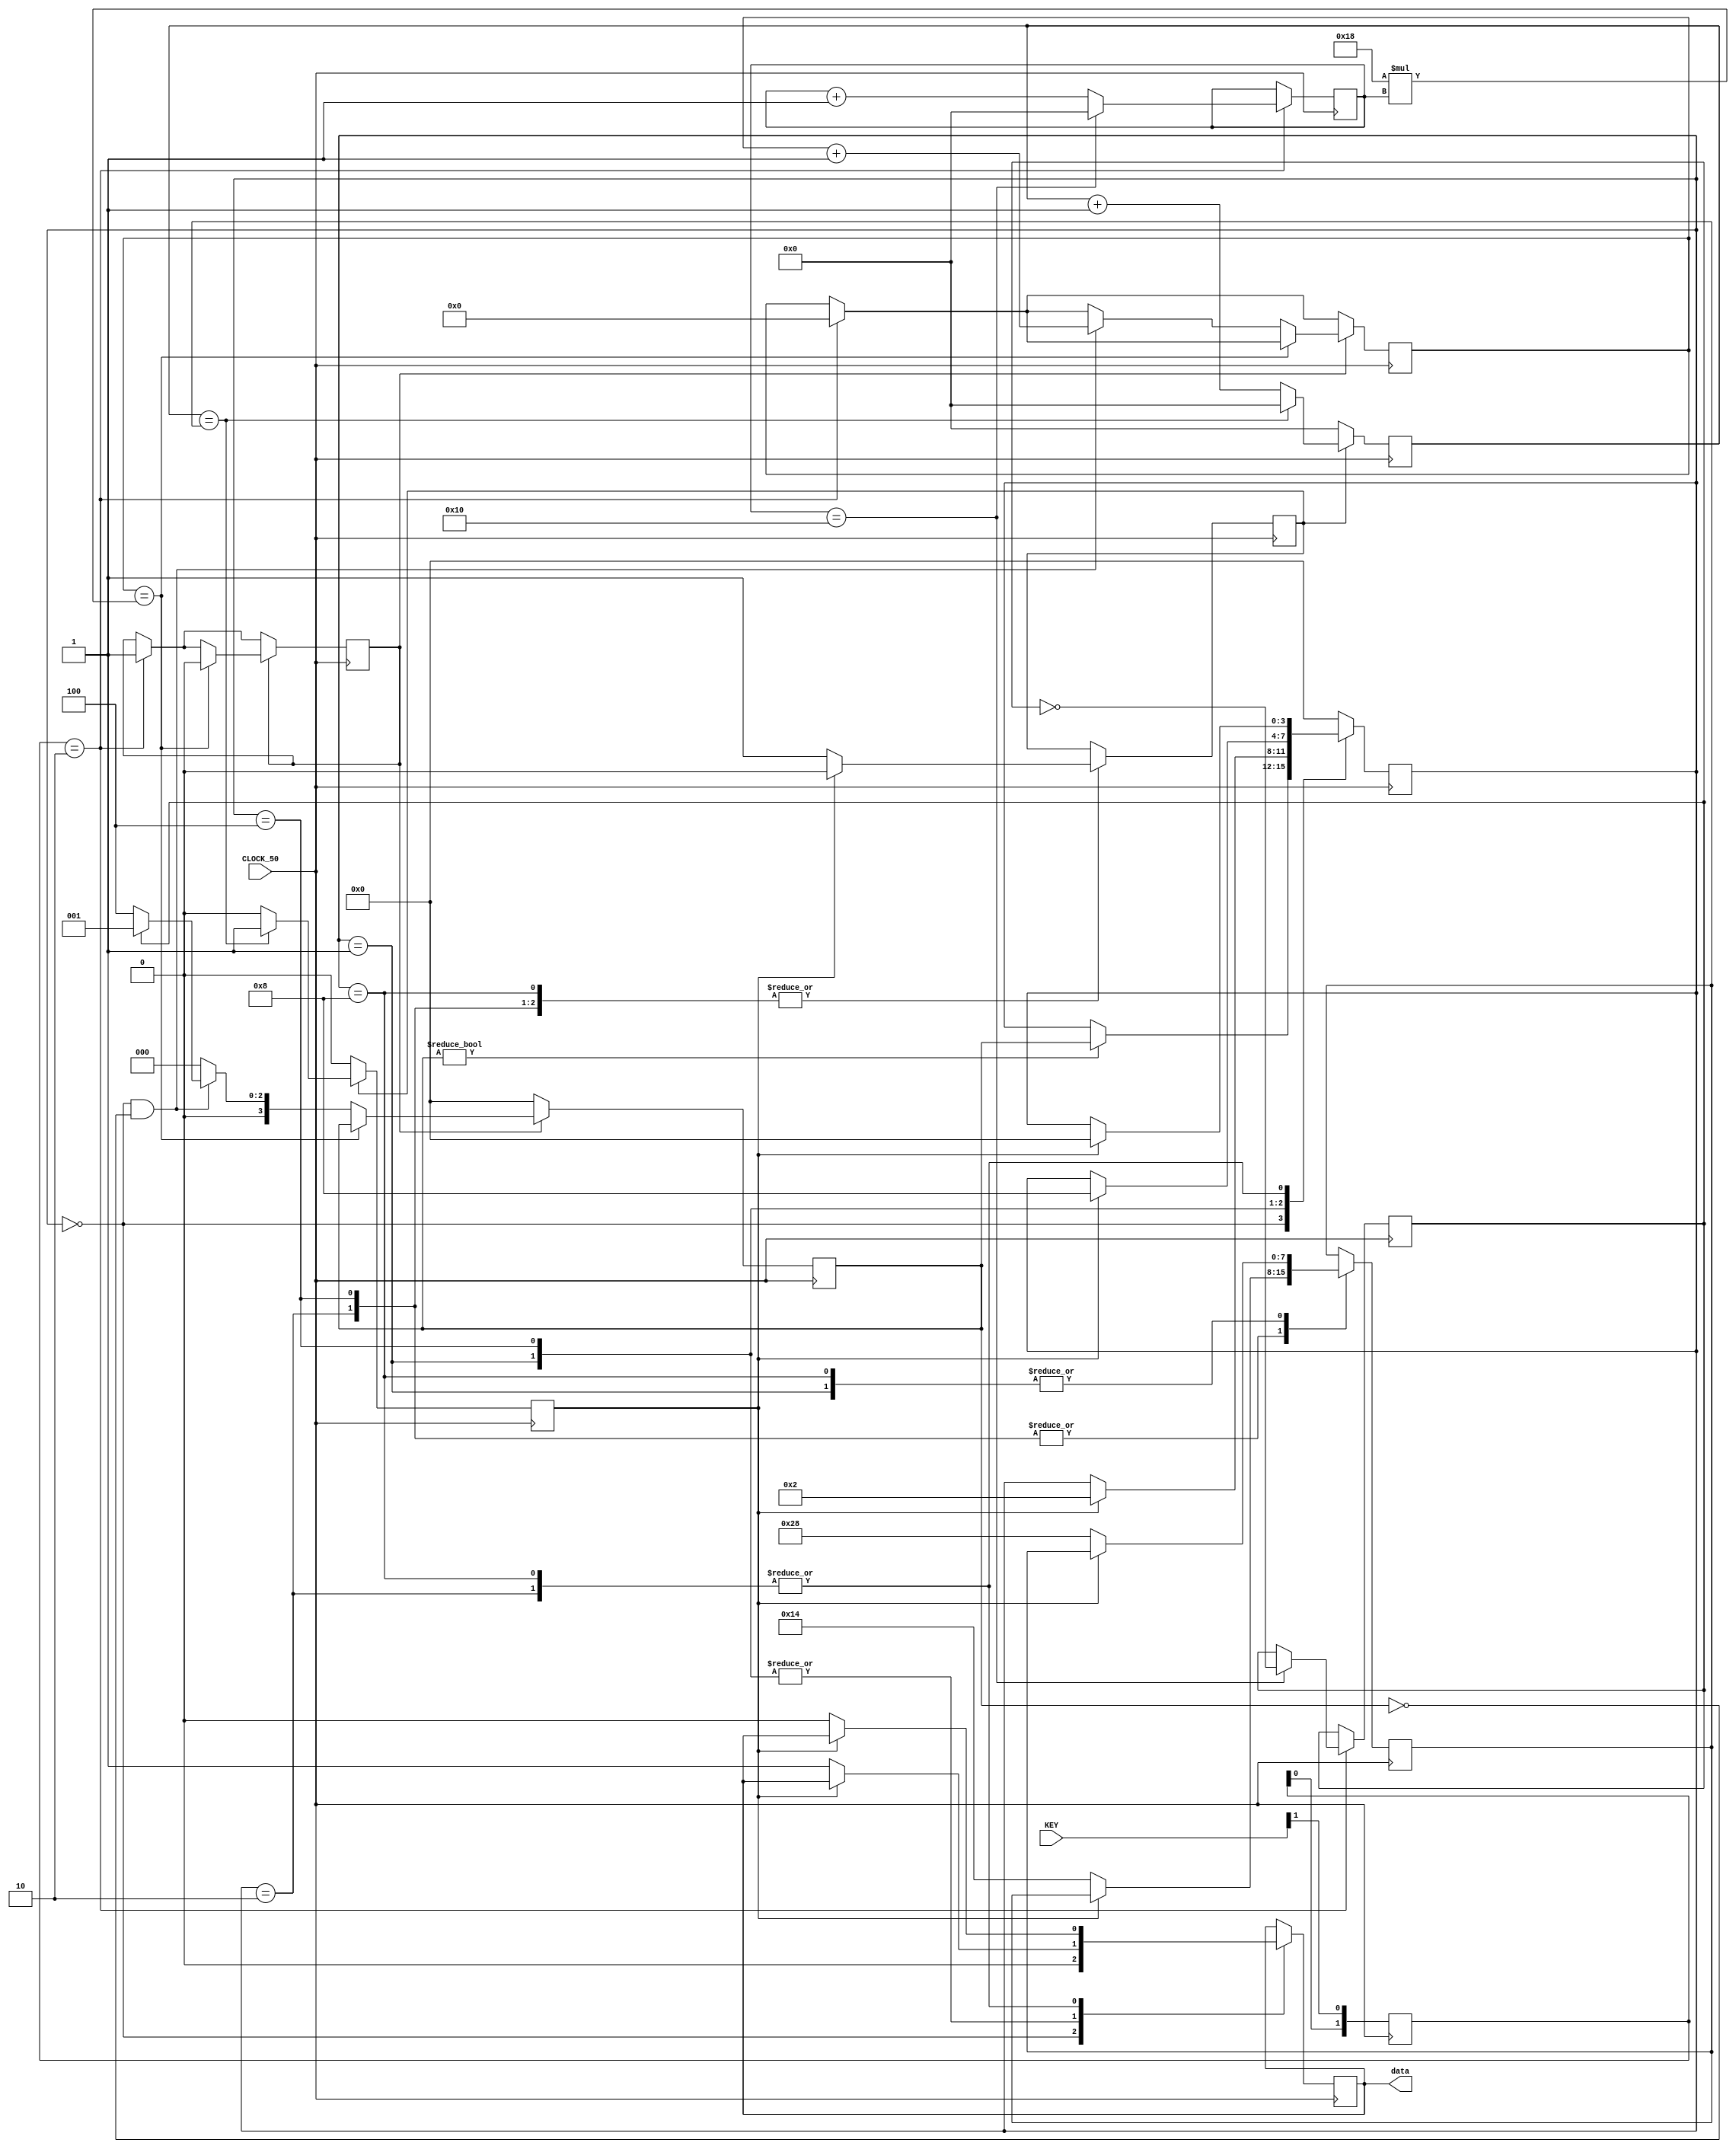
module neopixels(
    input         CLOCK_50,
    input  [1:0]  KEY,
    output        data
);


    reg r_data;
    reg [3:0] state_reg;
    reg [3:0] state_set = 4'b0;
    
    reg [7:0] timer_0 = 7'b0;
    reg [7:0] timer_0_compare = 7'd40; // 0.8us
    reg timer_0_run = 1'b0;
    reg timer_0_match = 1'b0;
    
    reg [32:0] counter = 32'b0;
    reg lighting = 1'b0;
    reg [7:0] press_count = 8'b0;
    
    reg [1:0] key_edge_detect = 2'b00;
    
    reg on = 1'b1;

    assign data = r_data;
    
    always @(posedge CLOCK_50) begin
    
        // Send 24 "1" for each release of KEY[1] which should turn on the next pixel as white.
        if (key_edge_detect == 2'b10) begin // falling edge of KEY[1]
            lighting <= 1'b1;
            counter <= 1'b0;
            press_count <= press_count + 1'b1;
            
            // 16 pixels
            if (press_count == 16) begin
                press_count <= 1'b0;
                on <= !on;
            end
        end 
        
        if (lighting) begin
            if (counter == (32'd24 * press_count)) begin
                lighting <= 1'b0;
            end else begin
                if (state_reg == 4'b0 && state_set == 4'b0) begin
                    counter <= counter + 1'b1;
                    if (on) begin
                    // Send a high
                        state_set <= 4'b0001;
                    end else begin
                    // Send a low
                        state_set <= 4'b0100;
                    end
                end else begin
                    // Wait
                    state_set <= 4'b0;
                end
            end
        end else begin
            state_set <= 4'b0;
        end
    end

    always @(posedge CLOCK_50) begin
        key_edge_detect <= {key_edge_detect[0], KEY[1]};
    end 

    always @(posedge CLOCK_50) begin
        if (timer_0_run) begin
            if (timer_0 == timer_0_compare) begin
                timer_0 <= 1'b0;
                timer_0_match <= 1'b1;
            end else begin
                timer_0 <= timer_0 + 1'b1;
                timer_0_match <= 1'b0;
            end
        end else begin
            timer_0 <= 1'b0;
            timer_0_match <= 1'b0;
        end
    end
    
    always @(posedge CLOCK_50) begin
        case (state_reg)
            4'b0000: // Idle
                begin
                    if (state_set != 4'b0) begin
                        state_reg <= state_set;
                    end
                    r_data <= 1'b0;
                end
            4'b0001: // Send first part of high
                begin
                    if (timer_0_match) begin
                        timer_0_run <= 1'b0;
                        state_reg <= 4'b0010;
                    end else begin
                        r_data <= 1'b1;
                        // Start the counter
                        timer_0_compare <= 7'd40; // 0.8us (800ns)
                        timer_0_run <= 1'b1;
                    end
                end
            4'b0010: // Send second part of high
                begin
                    if (timer_0_match) begin
                        timer_0_run <= 1'b0;
                        state_reg <= 4'b0;
                    end else begin
                        r_data <= 1'b0;
                        // Start the counter
                        timer_0_compare <= 7'd20; // 0.4us (400ns)
                        timer_0_run <= 1'b1;
                    end
                end
            4'b0100: // Send first part of low
                begin
                    if (timer_0_match) begin
                        timer_0_run <= 1'b0;
                        state_reg <= 4'b1000;
                    end else begin
                        r_data <= 1'b1;
                        // Start the counter
                        timer_0_compare <= 7'd20; // 0.4us (400ns)
                        timer_0_run <= 1'b1;
                    end
                end
            4'b1000: // Send second part of low
                begin
                    if (timer_0_match) begin
                        timer_0_run <= 1'b0;
                        state_reg <= 4'b0;
                    end else begin
                        r_data <= 1'b0;
                        // Start the counter
                        timer_0_compare <= 7'd40; // 0.8us (800ns)
                        timer_0_run <= 1'b1;
                    end
                end
            default: // Idle
                begin
                    state_reg <= 4'b0;
                end
        endcase
    end

endmodule